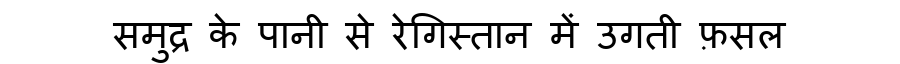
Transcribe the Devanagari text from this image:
समुद्र के पानी से रेगिस्तान में उगती फ़सल